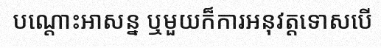
បណ្តោះអាសន្ន ឬមួយក៏ការអនុវត្តទោសបើ